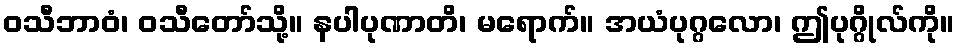
ဝသီဘာဝံ၊ ဝသီတော်သို့။ နပါပုဏာတိ၊ မရောက်။ အယံပုဂ္ဂလော၊ ဤပုဂ္ဂိုလ်ကို။